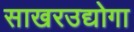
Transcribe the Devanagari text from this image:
साखरउद्योगा